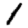
Digit: 1